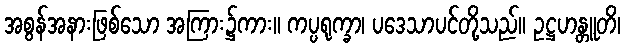
အစွန်အနားဖြစ်သော အကြား၌ကား။ ကပ္ပရုက္ခာ၊ ပဒေသာပင်တို့သည်။ ဥဋ္ဌဟန္တူတိ၊